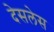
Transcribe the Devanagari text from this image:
देसलेस